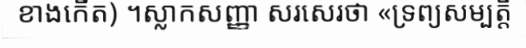
ខាងកើត) ។ស្លាកសញ្ញា សរសេរថា «ទ្រព្យសម្បត្តិ